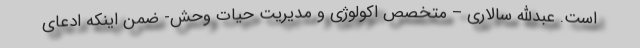
است. عبدالله سالاری – متخصص اکولوژی و مدیریت حیات وحش- ضمن اینکه ادعای